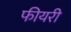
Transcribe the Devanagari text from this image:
फीयरी